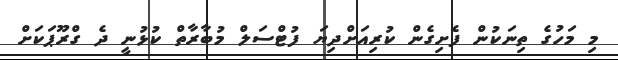
މި މަހުގެ ތިނަކުން ފެށިގެން ކުރިއަށްދިޔަ ފުޓްސަލް މުބާރާތް ކުޅުނީ ދެ ގްރޫޕަކަށް